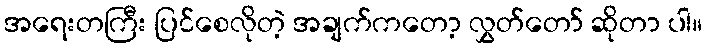
အရေးတကြီး ပြင်စေလိုတဲ့ အချက်ကတော့ လွှတ်တော် ဆိုတာ ပါ။